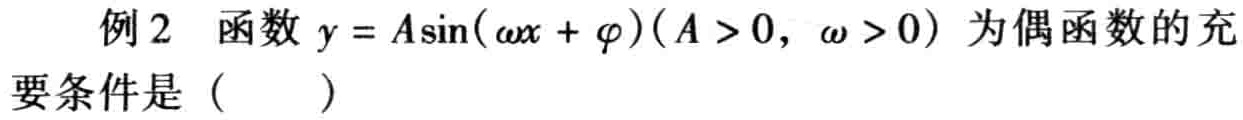
例 2 函数$y = A\sin(\omega x+\varphi)(A > 0,\omega > 0)$为偶函数的充要条件是（  ）